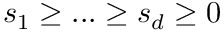
s _ { 1 } \geq . . . \geq s _ { d } \geq 0